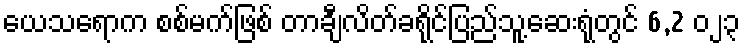
ယေသရောက စစ်မက်ဖြစ် တာချီလိတ်ခရိုင်ပြည်သူ့ဆေးရုံတွင် 6,2 ၀၂၃